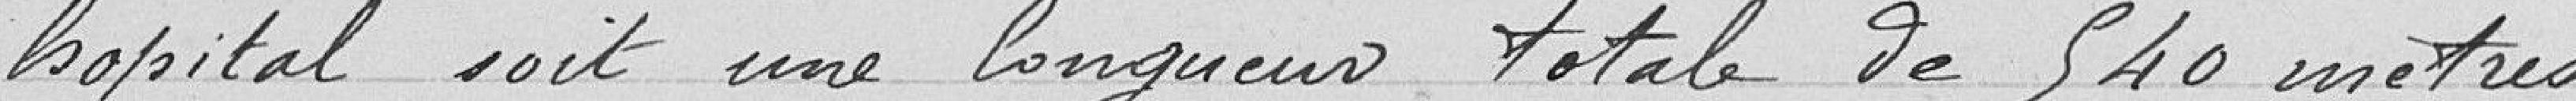
Hôpital soit une longueur total de 540 m.